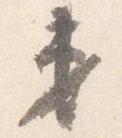
第